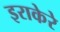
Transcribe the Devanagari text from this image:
इराकेरे